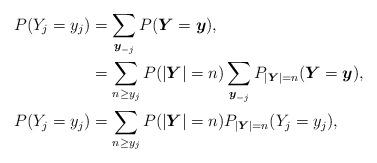
LaTeX: \begin{align*}P(Y_j=y_j) & = \sum_{\boldsymbol{y}_{-j}} P(\boldsymbol{Y} =\boldsymbol{y}),\\& = \sum_{n \geq y_j } P(\vert \boldsymbol{Y} \vert = n) \sum_{\boldsymbol{y}_{-j}} P_{\vert \boldsymbol{Y} \vert = n}(\boldsymbol{Y} =\boldsymbol{y} ), \\P(Y_j=y_j) & = \sum_{n \geq y_j } P(\vert \boldsymbol{Y} \vert = n) P_{\vert \boldsymbol{Y} \vert = n}(Y_j =y_j), \end{align*}